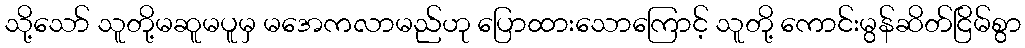
သို့သော် သူတို့မဆူမပူမှ မအေကလာမည်ဟု ပြောထားသောကြောင့် သူတို့ ကောင်းမွန်ဆိတ်ငြိမ်စွာ